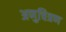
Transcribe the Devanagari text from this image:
अणुचित्रण